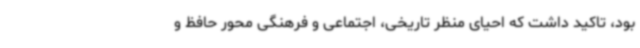
بود، تاکید داشت که احیای منظر تاریخی، اجتماعی و فرهنگی محور حافظ و